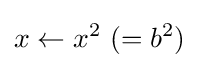
x\leftarrow x^{2}{\text{ }}(=b^{2})